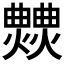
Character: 𤒍